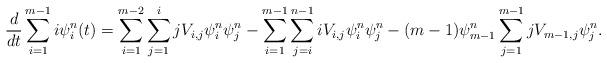
LaTeX: \begin{align*}\frac{d}{dt}\sum_{i=1}^{m-1} i\psi^{n}_i(t)=\sum_{i=1}^{m-2}\sum_{j=1}^{i} jV_{i,j}\psi^{n}_{i}\psi^{n}_{j}-\sum_{i=1}^{m-1}\sum_{j=i}^{n-1}iV_{i,j}\psi^{n}_i \psi^{n}_j-(m-1)\psi^{n}_{m-1}\sum_{j=1}^{m-1}jV_{m-1,j}\psi^{n}_j.\end{align*}